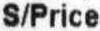
S/PRICE